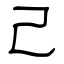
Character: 己